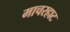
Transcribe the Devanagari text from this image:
माचरहाट